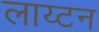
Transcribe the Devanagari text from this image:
लाय्टन